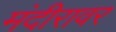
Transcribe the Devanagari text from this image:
मंदीरावर